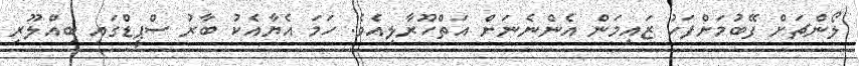
ލޯންޗަށް ފޭބުމަށްފަހު ޒައިމަން އެންނެނަށް އަތްހޫރާލިއެވެ. ހަމަ އެޔާއެކު ބާރު ސްޕީޑްގައި ބިއްލޫރި